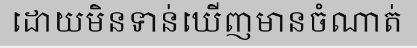
ដោយមិនទាន់ឃើញមានចំណាត់